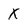
Character: X